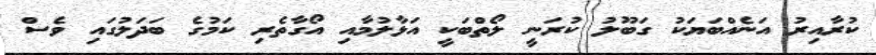
ކުރާއިރު އަނެއްބަޔަކު ގަބޫލު ކުރަނީ ލޯތްބަކީ އަޅާލުމާއި އޯގާތެރި ކަމުގެ ބަދަލުގައި ވެސް